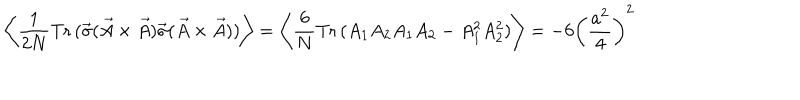
LaTeX: \left\langle \frac { 1 } { 2 N } \mathrm { T r } \, ( \vec { \sigma } ( \vec { A } \times \vec { A } ) \vec { \sigma } ( \vec { A } \times \vec { A } ) ) \right\rangle = \left\langle \frac { 6 } { N } \mathrm { T r } \, ( A _ { 1 } A _ { 2 } A _ { 1 } A _ { 2 } - A _ { 1 } ^ { 2 } A _ { 2 } ^ { 2 } ) \right\rangle = - 6 \left( \frac { a ^ { 2 } } { 4 } \right) ^ { 2 }